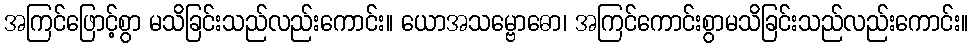
အကြင်ဖြောင့်စွာ မသိခြင်းသည်လည်းကောင်း။ ယောအသမ္ဗောဓော၊ အကြင်ကောင်းစွာမသိခြင်းသည်လည်းကောင်း။